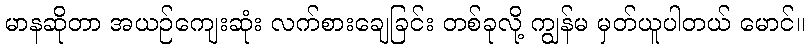
မာနဆိုတာ အယဉ်ကျေးဆုံး လက်စားချေခြင်း တစ်ခုလို့ ကျွန်မ မှတ်ယူပါတယ် မောင်။